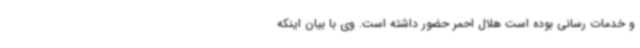
و خدمات رسانی بوده است هلال احمر حضور داشته است. وی با بیان اینکه